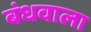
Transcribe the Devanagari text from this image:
बंधवाला